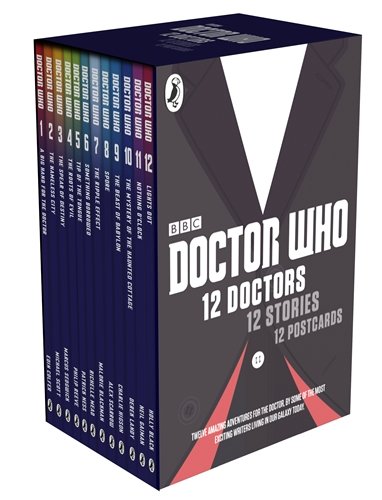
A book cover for Doctor Who: 12 Doctors, 12 Stories Slipcase Edition; Bbc Bbc; Comics & Graphic Novels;